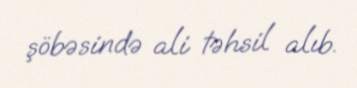
şöbəsində ali təhsil alıb.